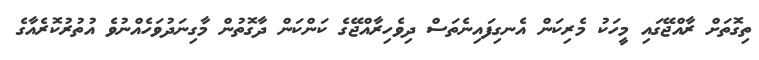
ތިގޮތަށް ރާއްޖޭގައި މީހަކު މެރިކަން އެނގިފައިނެތަސް ދިވެހިރާއްޖޭގެ ކަންކަން ދާގޮތުން މާގިނަދުވަހެއްނުވެ އުތުރުކޮރެއާގެ